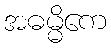
အဓမ္မိကေ